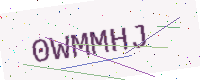
Text: 0WMMHJ